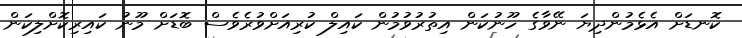
ކޮނޑަށް އެޅެމުންދިޔަ ނޭވާގެ ހޫނުކަން އިތުރުވުމުން ކައިލް ކުރިއަށްވުރެވެސް ބޮޑަށް މޫނު ކައިރިކޮށްލިކަން